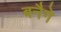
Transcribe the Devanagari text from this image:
बनैगे